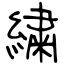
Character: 繍